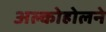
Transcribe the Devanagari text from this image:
अल्कोहोलने